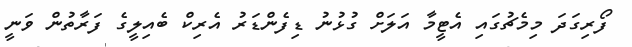
ފޯރިގަދަ މިމެޗުގައި އެޓީމާ އަލަށް ގުޅުނު ޑިފެންޑަރު އެރިކް ބެއިލީގެ ފަރާތުން ވަނީ